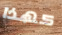
كهذا